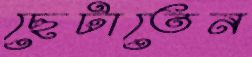
ছেটাতেন